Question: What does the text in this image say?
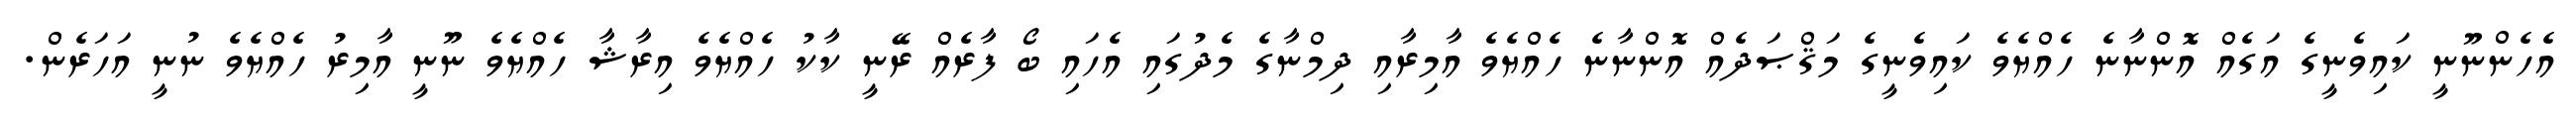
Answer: އެހެންނޫނީ ކައިވެނީގެ އަގެއް އޮންނާނެ ހެއްޔެވެ ކައިވެނީގެ މަޤްޞަދެއް އޮންނާނެ ހެއްޔެވެ އާމިރާއި ދިމްނާގެ މެދުގައި އެހައި ބޯ ފާރެއް ރޭނީ ކާކު ހެއްޔެވެ އިރާޝާ ހެއްޔެވެ ނޫނީ އާމިރު ހެއްޔެވެ ނުނީ އަހަރެން.